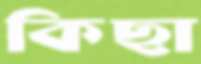
কিছা